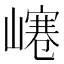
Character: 𡼌